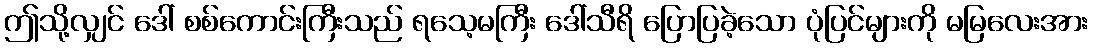
ဤသို့လျှင် ဒေါ် စစ်ကောင်းကြီးသည် ရသေ့မကြီး ဒေါ်သီရိ ပြောပြခဲ့သော ပုံပြင်များကို မမြလေးအား